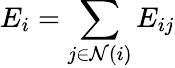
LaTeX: E_{i}=\sum_{j\in\mathcal{N}(i)}{E_{ij}}